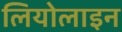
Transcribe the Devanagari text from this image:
लियोलाइन